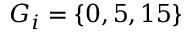
G _ { i } = \{ 0 , 5 , 1 5 \}